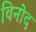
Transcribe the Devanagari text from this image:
विनोेद